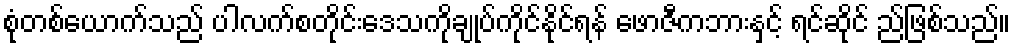
စုံတစ်ယောက်သည် ပါလက်စတိုင်းဒေသကိုချုပ်ကိုင်နိုင်ရန် ဖောဇီကဘားနှင့် ရင်ဆိုင် ည်ဖြစ်သည်။